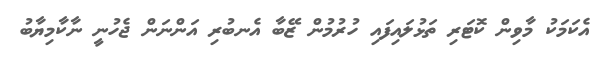
އެކަމަކު މާވިން ކޮޓަރި ތަޅުލައިފައި ހުރުމުން ޒޭބާ އެނބުރި އަންނަން ޖެހުނީ ނާކާމިޔާބު